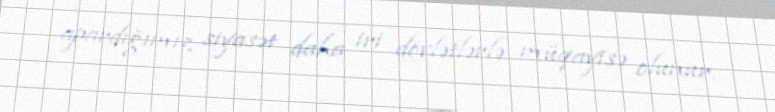
apardığımız siyasət daha iri dövlətlərlə müqayisə olunur.